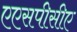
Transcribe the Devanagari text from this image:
एएसपीसीए